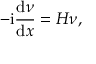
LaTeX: - \mathrm { i } \frac { \mathrm { d } \nu } { \mathrm { d } x } = H \nu ,